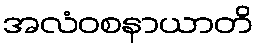
အလံဝစနာယာတိ